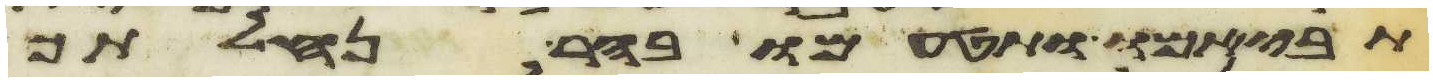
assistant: תביאמו ותטעמו בהר נחלתך